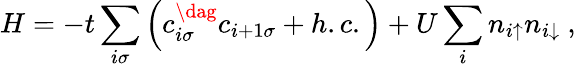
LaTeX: H=-t\sum_{i\sigma}\left(c_{i\sigma}^{\dag}c_{i+1\sigma}+h.c.\right)+U\sum_{i}n_{i\uparrow}n_{i\downarrow}\ ,